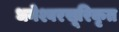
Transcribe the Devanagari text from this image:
धनेश्वरसूरिकृत